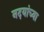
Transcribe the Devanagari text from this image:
नदयांच्या